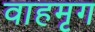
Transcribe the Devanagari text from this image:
वाहमृग